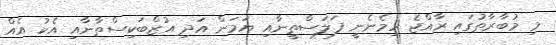
މި މުބާރާތުގައި ރާއްޖެ ހިމެނެނީ ފަލަސްތީނާއި ޔަމަން އަދި އުޒްބަކިސްތާނާއި އެކު އެއް